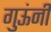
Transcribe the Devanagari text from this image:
गुऊंनी